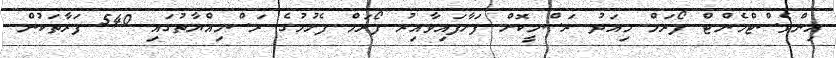
އިންވެސްޓްމެންޓް ފޯރަމް މިއަދު ރަސްމީކޮށް ފަށާފައިވާއިރު ފޯރަމް ފެށުމުގެ ރަސްމިއްޔާތުގައި 540 ފަރާތަކުން